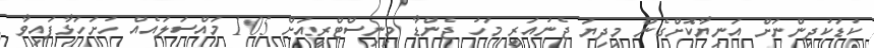
ކުޑަކުދިންނަށް އަނިޔާކޮށްގެން މިދިޔަ ޖެނުއަރީ މަހު ޖެންޑާ މިނިސްޓްރީއަށް 105 މައްސަލައެއް ހުށަހަޅާފައިވާ